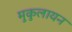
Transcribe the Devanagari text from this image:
मुकुलायन